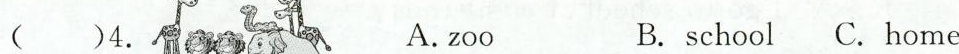
()4. A.zoo B.school C.home